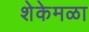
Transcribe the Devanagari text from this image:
शेकेमळा